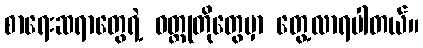
စာရေးဆရာတွေရဲ့ ဝတ္ထုတိုတွေမှာ တွေ့လာရပါတယ်။